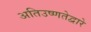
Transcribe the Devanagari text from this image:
अतिउष्णतेद्वारे